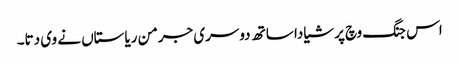
اس جنگ وچ پرشیا دا ساتھ دوسری جرمن ریاستاں نے وی دتا۔